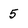
Character: 5